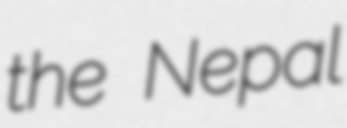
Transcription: the Nepal